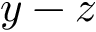
y - z